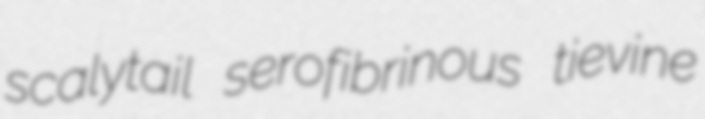
scalytail serofibrinous tievine